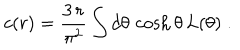
c ( r ) = \frac { 3 \, r } { \pi ^ { 2 } } \int d \theta \, \cosh \theta \, L ( \theta ) \; .